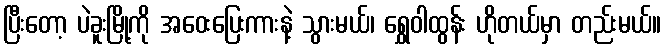
ပြီးတော့ ပဲခူးမြို့ကို အဝေးပြေးကားနဲ့ သွားမယ်၊ ရွှေဝါထွန်း ဟိုတယ်မှာ တည်းမယ်။